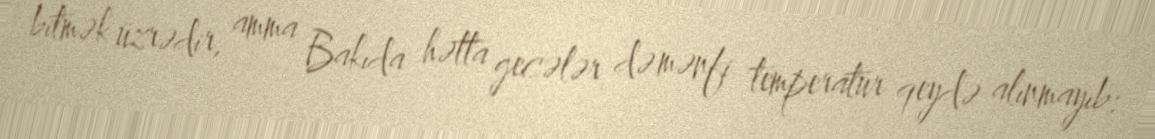
bitmək üzrədir, amma Bakıda hətta gecələr də mənfi temperatur qeydə alınmayıb: